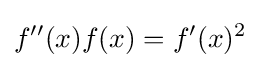
f''(x)f(x)=f'(x)^{2}